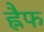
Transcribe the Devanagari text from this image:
ह्नैफ